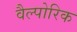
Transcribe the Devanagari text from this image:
वैल्पोरिक